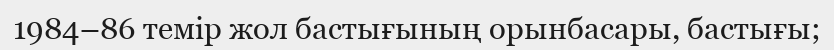
1984–86 темір жол бастығының орынбасары, бастығы;